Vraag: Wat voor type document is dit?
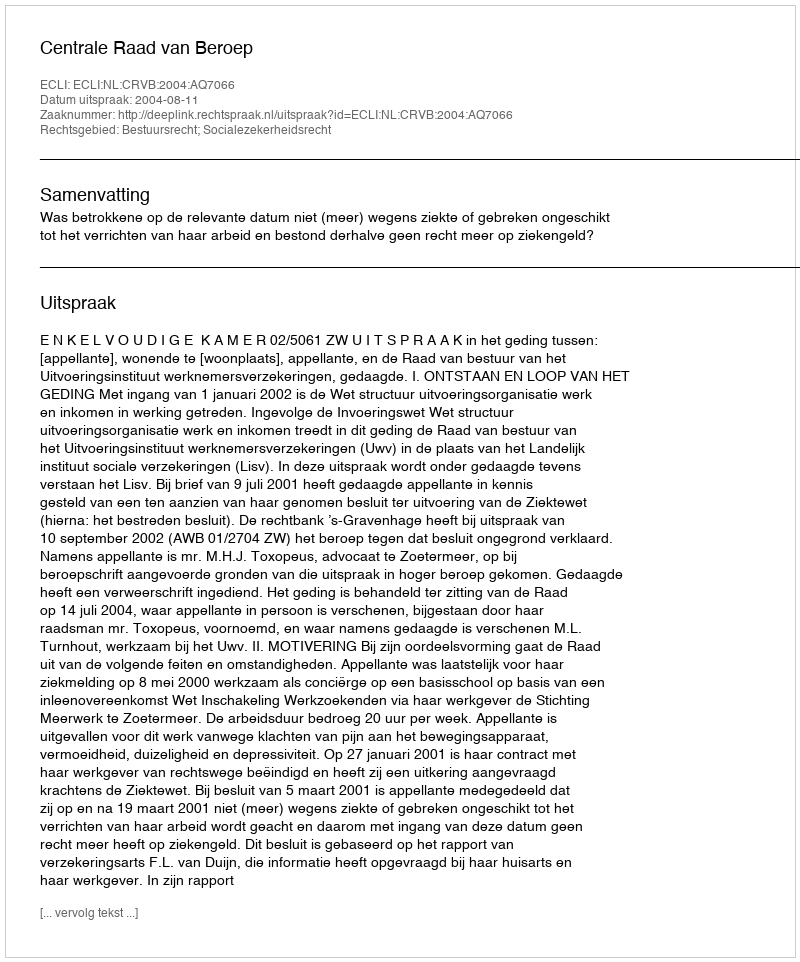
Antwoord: Uitspraak